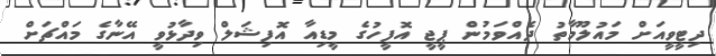
ދިޓީވީއަށް މައުލޫމާތު ދެއްވަމުން ޕީޖީ އޮފީހުގެ މީޑިއާ އޮފިޝަލް ވިދާޅުވީ އޭނާގެ މައްޗަށް